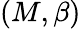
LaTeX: (M,\beta)